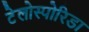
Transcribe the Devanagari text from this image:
टेलोस्पोरिडा